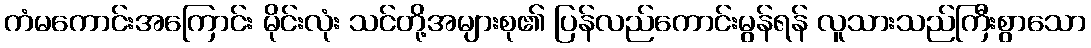
ကံမကောင်းအကြောင်း မိုင်းလုံး သင်တို့အများစု၏ ပြန်လည်ကောင်းမွန်ရန် လူသားသည်ကြီးစွာသော